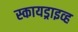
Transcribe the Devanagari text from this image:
स्कायड्राइव्ह